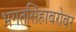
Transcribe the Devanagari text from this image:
भगतसिंहाबरोबर